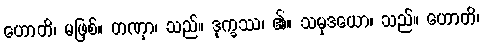
ဟောတိ၊ မဖြစ်။ တဏှာ၊ သည်။ ဒုက္ခဿ၊ ၏။ သမုဒယော၊ သည်။ ဟောတိ၊